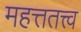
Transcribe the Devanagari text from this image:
महत्ततत्त्व